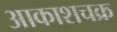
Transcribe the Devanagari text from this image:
आकाशचक्र